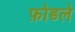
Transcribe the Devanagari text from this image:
फ़ोडले